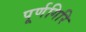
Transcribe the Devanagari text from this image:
पूर्णगिरि